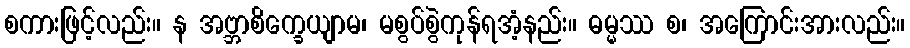
စကားဖြင့်လည်း။ န အဗ္ဘာစိက္ခေယျာမ၊ မစွပ်စွဲကုန်ရအံ့နည်း။ ဓမ္မဿ စ၊ အကြောင်းအားလည်း။